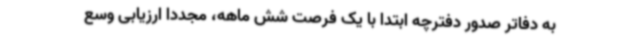
به دفاتر صدور دفترچه ابتدا با یک فرصت شش ماهه، مجددا ارزیابی وسع